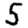
Digit: 5